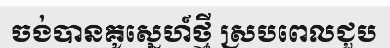
ចង់បានគូស្នេហ៍ថ្មី ស្របពេលជួប